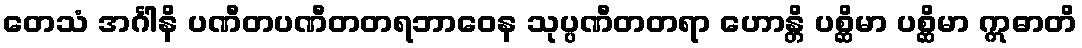
တေသံ အင်္ဂါနိ ပဏီတပဏီတတရဘာဝေန သုပ္ပဏီတတရာ ဟောန္တိ ပစ္ဆိမာ ပစ္ဆိမာ ဣဓာတိ